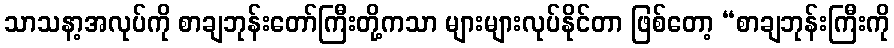
သာသနာ့အလုပ်ကို စာချဘုန်းတော်ကြီးတို့ကသာ များများလုပ်နိုင်တာ ဖြစ်တော့ “စာချဘုန်းကြီးကို